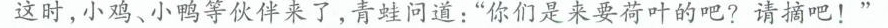
这时，小鸡、小鸭等伙伴来了，青蛙问道：”你们是来要荷叶的吧?请摘吧！”